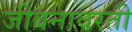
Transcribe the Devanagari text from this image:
जीवनावरती